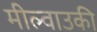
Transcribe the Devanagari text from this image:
मील्वाउकी